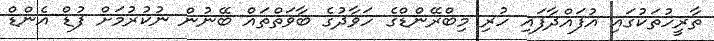
ތާރީހުތަކުގައި އުފައްދާފައި ހުރި މިބްރޭންޑްގެ ހަވާދުގެ ބާވަތްތައް ބޭނުން ނުކުރުމަށް ފުޑް އެންޑް